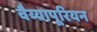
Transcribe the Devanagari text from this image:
वैय्यापूरियन